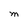
Character: M